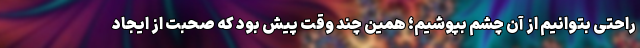
راحتی بتوانیم از آن چشم بپوشیم؛ همین چند وقت پیش بود که صحبت از ایجاد